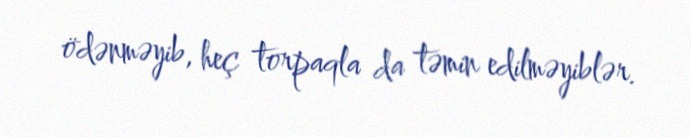
ödənməyib, heç torpaqla da təmin edilməyiblər.